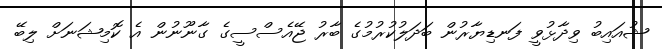
ޝުއައިބު ވިދާޅުވީ ފަނޑިޔާރުން ބަދަލުކުރުމުގެ ބާރު ޖޭއެސްސީގެ ގާނޫނުން އެ ކޮމިޝަނަށް ލިބޭ